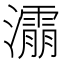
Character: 𰝬